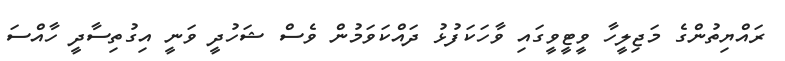
ރައްޔިތުންގެ މަޖިލީހާ ވީޓީވީގައި ވާހަކަފުޅު ދައްކަވަމުން ވެސް ޝަހުދީ ވަނީ އިގުތިސާދީ ހާއްސަ